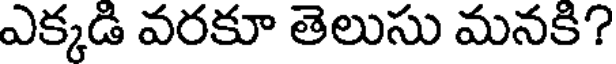
ఎక్కడి వరకూ తెలుసు మనకి?